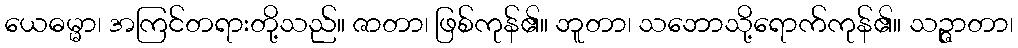
ယေဓမ္မာ၊ အကြင်တရားတို့သည်။ ဇာတာ၊ ဖြစ်ကုန်၏။ ဘူတာ၊ သဘောသို့ရောက်ကုန်၏။ သဉ္ဇာတာ၊